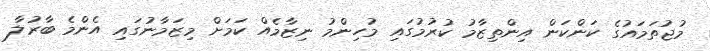
މުޖުތަމައުގެ ކަންކަން އިންތިޒާމު ކުރުމުގައި މުހިންމު ނިޒާމެއް ކަމަށް މިޒަމާނުގައި އެންމެ ބާރުލާ